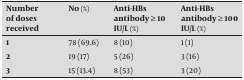
| Number of doses received | No (%) | Anti-HBs antibody ≥ 10 IU/L (%) | Anti-HBs antibody ≥ 100 IU/L (%) |
 | --- | --- | --- | --- |
 | 1 | 78 (69.6) | 8 (10) | 1 (1) |
 | 2 | 19 (17) | 5 (26) | 3 (16) |
 | 3 | 15 (13.4) | 8 (53) | 3 (20) |